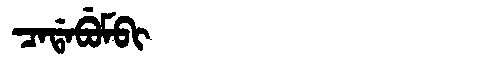
Manchu: ᠴᠠᡩᠠᠪᡠᠮᠪᡳ
Romanization: CADABUMBI